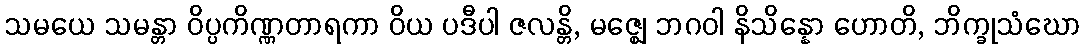
သမယေ သမန္တာ ဝိပ္ပကိဏ္ဏတာရကာ ဝိယ ပဒီပါ ဇလန္တိ, မဇ္ဈေ ဘဂဝါ နိသိန္နော ဟောတိ, ဘိက္ခုသံဃော